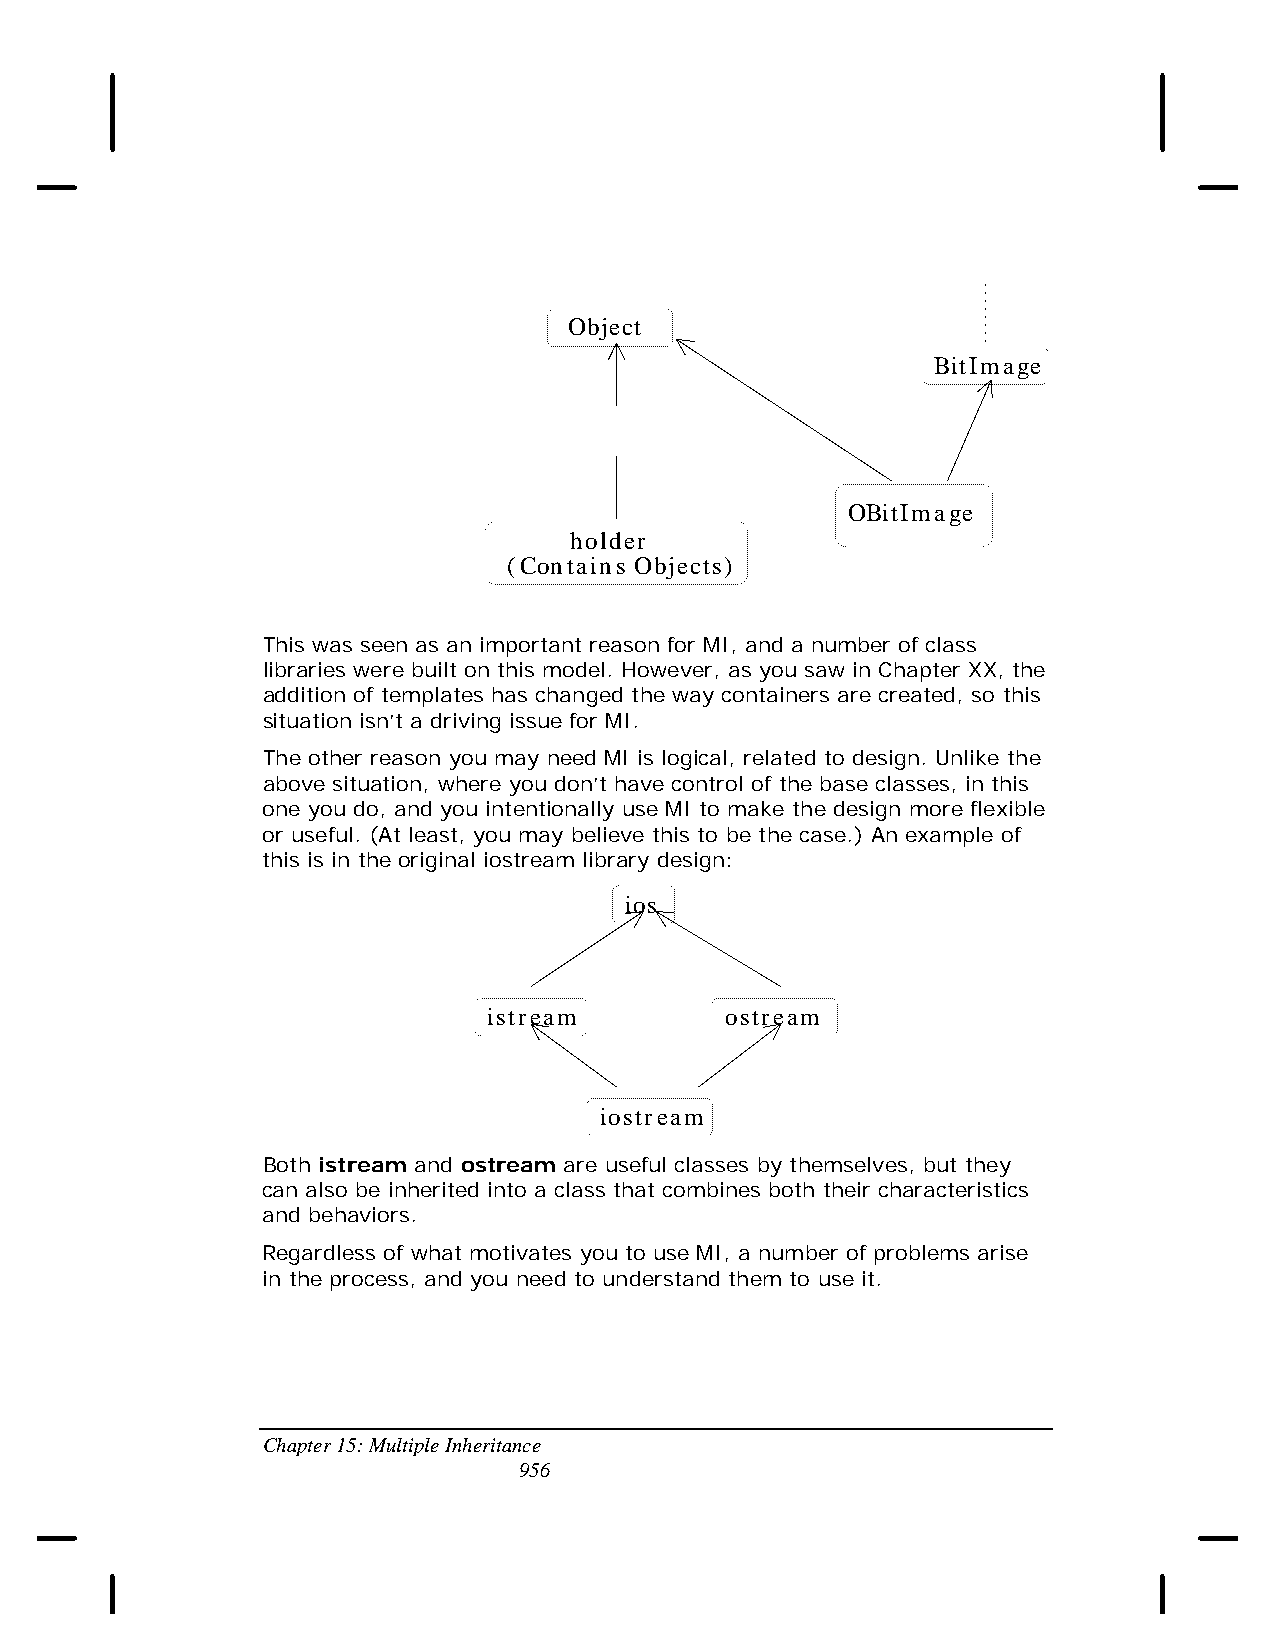
Object
 BitImage
 OBitImage
 holder
 (Contains Objects)
 This was seen as an important reason for MI, and a number of class
 libraries were built on this model. However, as you saw in Chapter XX, the
 addition of templates has changed the way containers are created, so this
 situation isn’t a driving issue for MI.
 The other reason you may need MI is logical, related to design. Unlike the
 above situation, where you don’t have control of the base classes, in this
 one you do, and you intentionally use MI to make the design more flexible
 or useful. (At least, you may believe this to be the case.) An example of
 this is in the original iostream library design:
 ios
 istream         ostream
 iostream
 Both istream and ostream are useful classes by themselves, but they
 can also be inherited into a class that combines both their characteristics
 and behaviors.
 Regardless of what motivates you to use MI, a number of problems arise
 in the process, and you need to understand them to use it.
 Chapter 15: Multiple Inheritance
 956